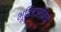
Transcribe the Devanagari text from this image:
भूविज्ञानियो